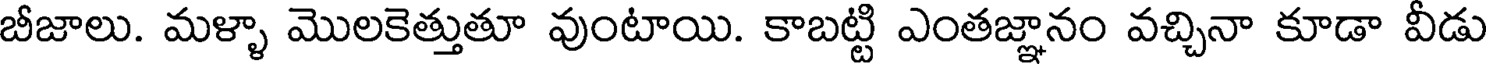
బీజాలు. మళ్ళా మొలకెత్తుతూ వుంటాయి. కాబట్టి ఎంతజ్ఞానం వచ్చినా కూడా వీడు